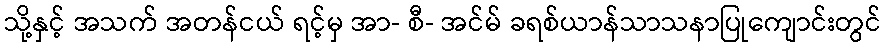
သို့နှင့် အသက် အတန်ငယ် ရင့်မှ အာ- စီ- အင်မ် ခရစ်ယာန်သာသနာပြုကျောင်းတွင်